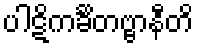
ပါဋိကင်္ခိတဗ္ဗာနီတိ